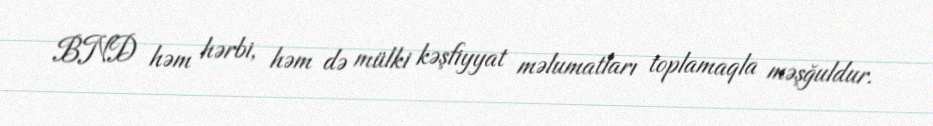
BND həm hərbi, həm də mülki kəşfiyyat məlumatları toplamaqla məşğuldur.